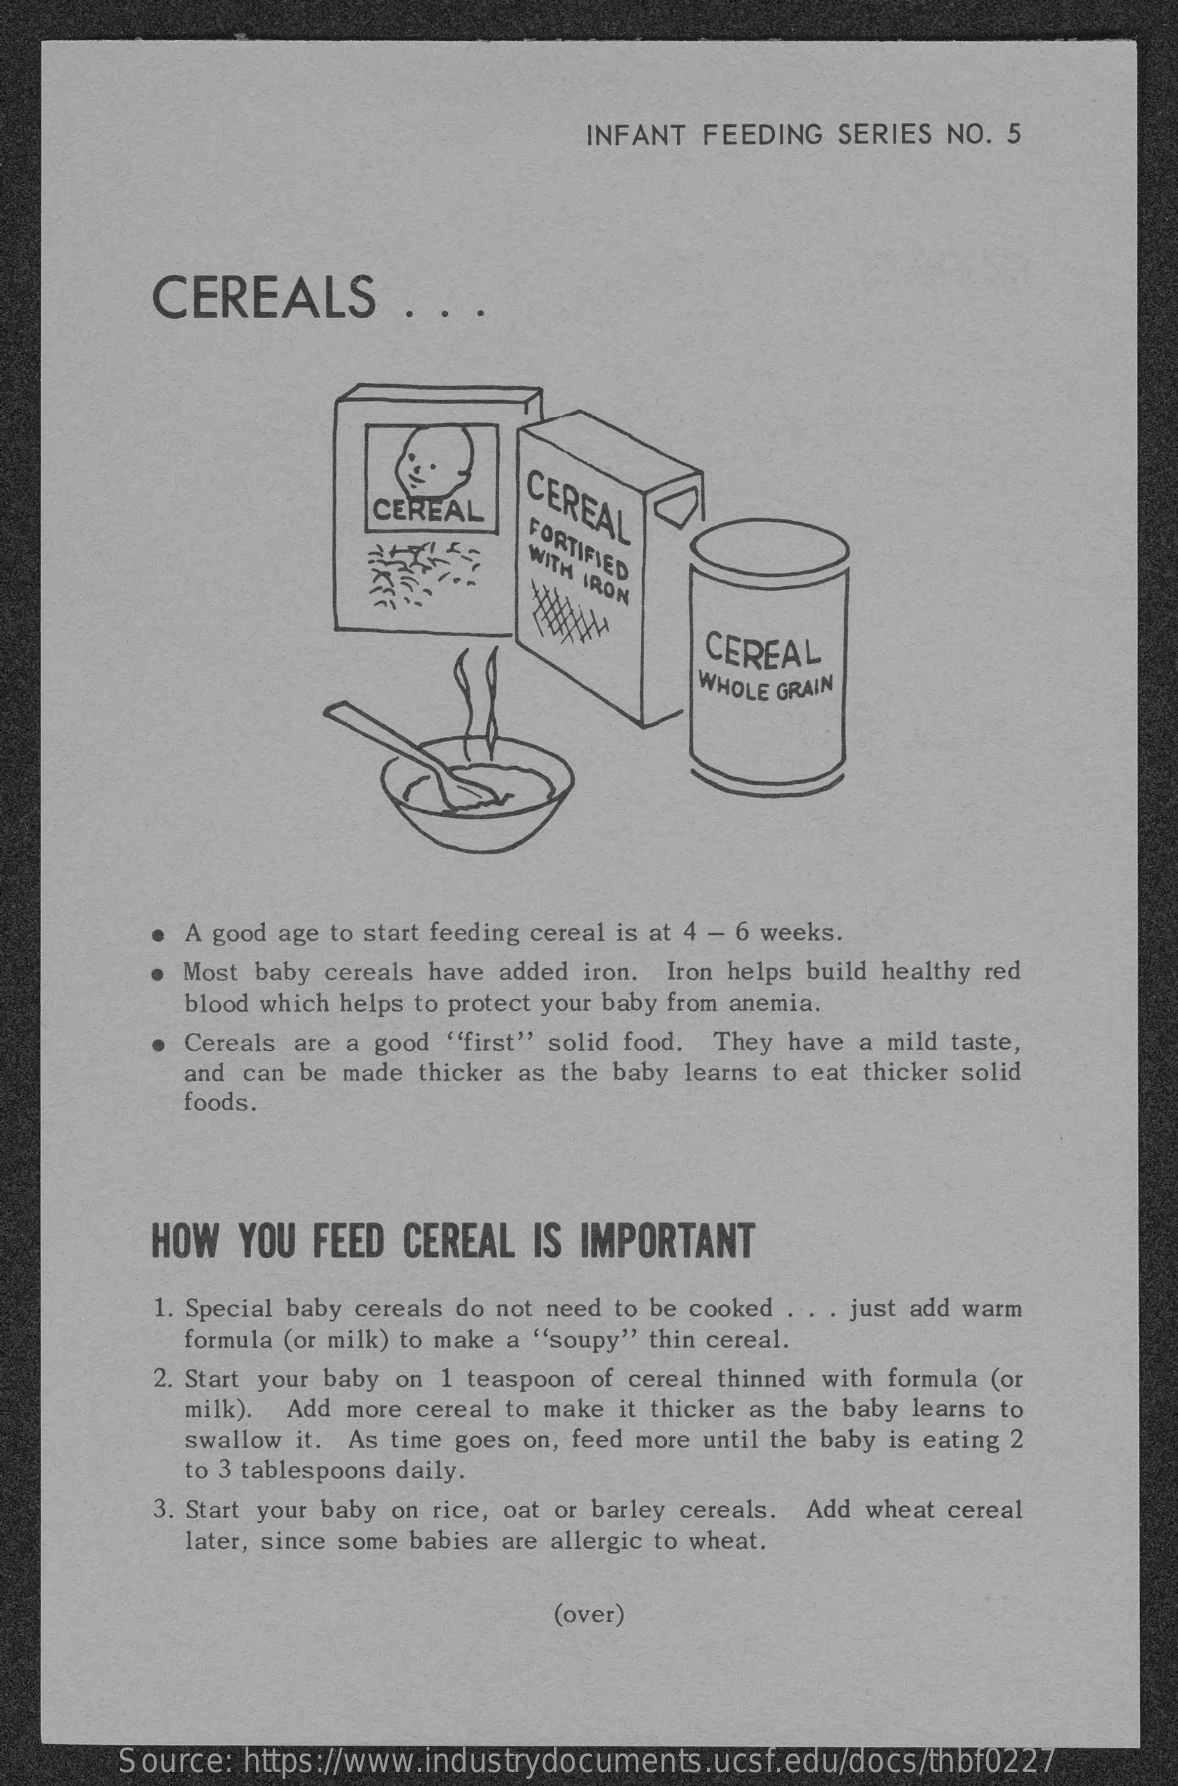
INFANT FEEDING  SERIES NO. 5
     CEREALS    .  . .
     CEREAL CEREAL
     FORTIFIED WITH
     IRON
     CEREAL
     WHOLE GRAIN
     A good age to start feeding cereal is at 4 - 6 weeks.
     · Most baby cereals have added iron. Iron helps build healthy red
     blood which helps to protect your baby from anemia.
     Cereals are a good "first" solid food. They have a mild taste,
     and can be made thicker as the baby learns to eat thicker solid
     foods.
     HOW  YOU  FEED CEREAL  IS IMPORTANT
     1. Special baby cereals do not need to be cooked . . . just add warm
     formula (or milk) to make a "soupy" thin cereal.
     2. Start your baby on 1 teaspoon of cereal thinned with formula (or
     milk). Add more cereal to make it thicker as the baby learns to
     swallow it. As time goes on, feed more until the baby is eating 2
     to 3 tablespoons daily.
     3. Start your baby on rice, oat or barley cereals. Add wheat cereal
     later, since some babies are allergic to wheat.
     (over)
     Source: https://www.industrydocuments.ucsf.edu/docs/thbf0227